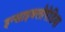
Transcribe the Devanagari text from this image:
इन्साइक्लोपेडिया